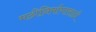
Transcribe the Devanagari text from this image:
मठीनिर्माणासाठी